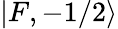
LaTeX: |F,-1/2\rangle